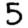
Digit: 5